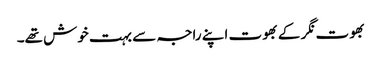
بھوت نگر کے بھوت اپنے راجہ سے بہت خوش تھے۔